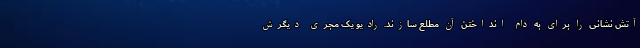
آتش نشانی را برای به دام انداختن آن مطلع سازند. رادیو یک مجری دیگرش